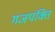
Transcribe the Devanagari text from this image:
गजपंक्ति